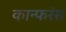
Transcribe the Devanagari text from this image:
कान्फरंस